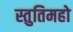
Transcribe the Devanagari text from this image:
स्तुतिमहो